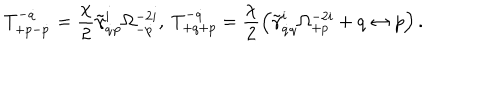
LaTeX: T _ { + p - \dot { p } } ^ { - \dot { q } } = \frac { \chi } { 2 } \tilde { \gamma } _ { \dot { q } p } ^ { i } \Omega _ { - \dot { p } } ^ { - 2 i } , \ T _ { + q + p } ^ { - \dot { q } } = \frac { \chi } { 2 } \left( \tilde { \gamma } _ { \dot { q } q } ^ { i } \Omega _ { + p } ^ { - 2 i } + q \leftrightarrow p \right) .